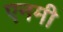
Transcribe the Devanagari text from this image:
एनमी